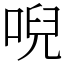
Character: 唲